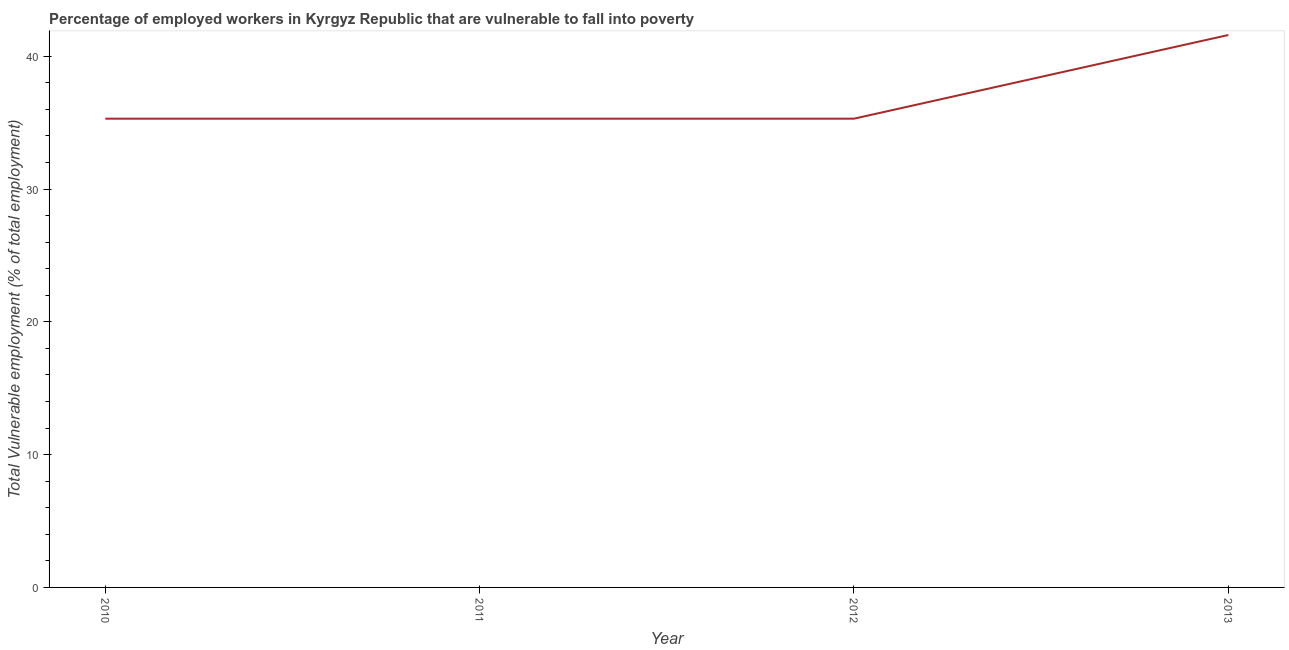
| Year | Vulnerable employment |
 | --- | --- |
 | 2010 | 35.3 |
 | 2011 | 35.3 |
 | 2012 | 35.3 |
 | 2013 | 41.6 |